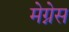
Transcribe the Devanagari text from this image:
मेग्नेस